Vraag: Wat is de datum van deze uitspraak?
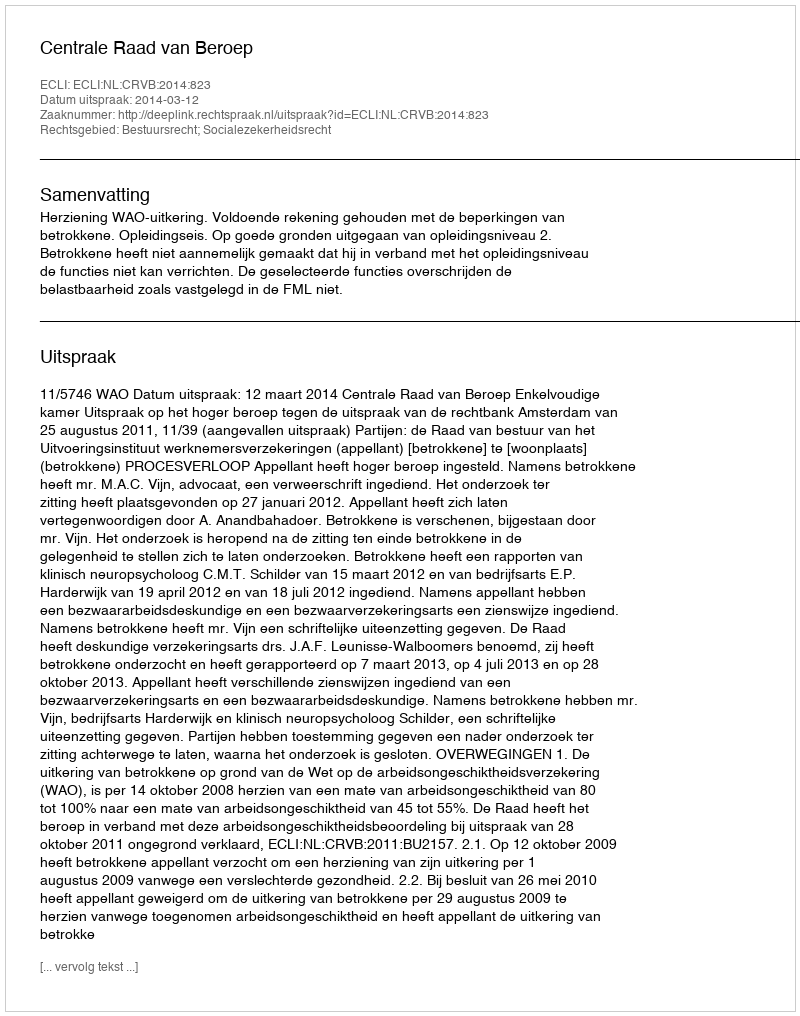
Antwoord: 2014-03-12